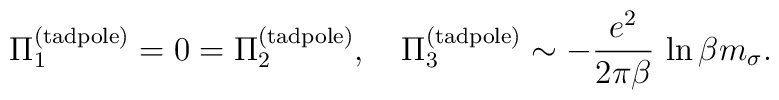
\Pi_1^{({\rm tadpole})} = 0 = \Pi_2^{({\rm tadpole})},\quad\Pi_3^{({\rm tad pole})} \sim - \frac{e^2}{2 \pi \beta} \,\ln\beta m_{\sigma}.